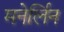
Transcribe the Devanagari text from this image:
मनेर्लिन